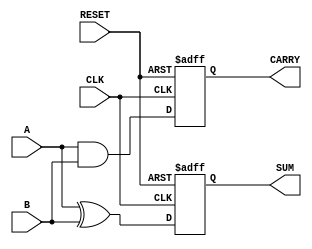
module SequentialHalfAdder (
    input wire A,          // First input bit
    input wire B,          // Second input bit
    input wire CLK,        // Clock input
    input wire RESET,      // Asynchronous reset input
    output reg SUM,        // Sum output
    output reg CARRY       // Carry output
);

// Internal signals to hold the computed values
reg sum_next;
reg carry_next;

// Always block to compute the next state on the rising edge of the clock
always @(posedge CLK or posedge RESET) begin
    if (RESET) begin
        // Reset the outputs to zero
        SUM <= 1'b0;
        CARRY <= 1'b0;
    end else begin
        // Update the outputs with the next computed values
        SUM <= sum_next;
        CARRY <= carry_next;
    end
end

// Always block to compute the next values based on current inputs
always @(*) begin
    // Compute the next sum and carry
    sum_next = A ^ B;      // Sum is A XOR B
    carry_next = A & B;    // Carry is A AND B
end

endmodule